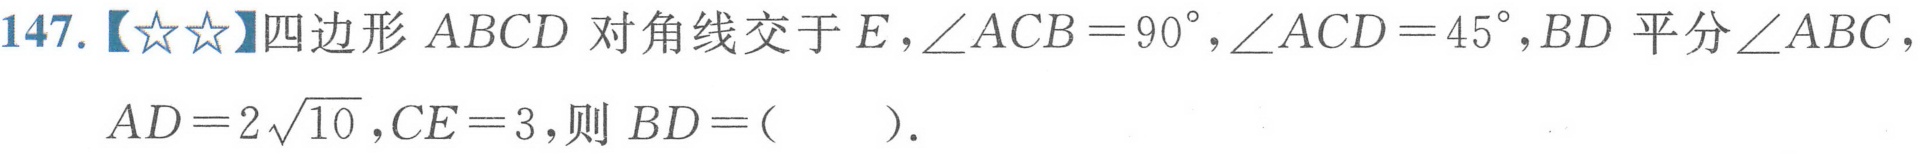
147.【★★】四边形 \(ABCD\) 对角线交于 \(E\)，\(\angle ACB = 90^{\circ}\)，\(\angle ACD = 45^{\circ}\)，\(BD\) 平分 \(\angle ABC\)，\(AD = 2\sqrt{10}\)，\(CE = 3\)，则 \(BD = (\quad)\)．